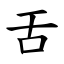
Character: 舌